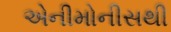
એનીમોનીસથી